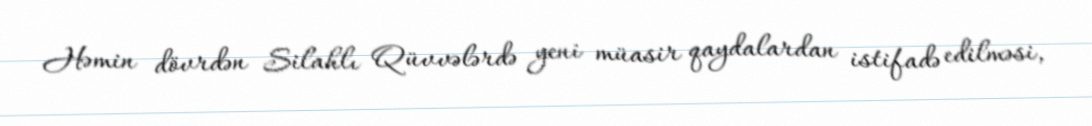
Həmin dövrdən Silahlı Qüvvələrdə yeni müasir qaydalardan istifadə edilməsi,